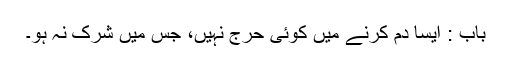
باب : ایسا دم کرنے میں کوئی حرج نہیں، جس میں شرک نہ ہو۔